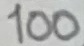
Text: 100